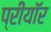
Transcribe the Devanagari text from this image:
प्रीयॉर